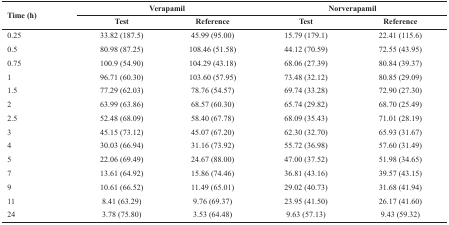
<table><thead><tr><td rowspan="2"><b>Time (h)</b></td><td colspan="2"><b>Verapamil</b></td><td colspan="2"><b>Norverapamil</b></td></tr><tr><td><b>Test</b></td><td><b>Reference</b></td><td><b>Test</b></td><td><b>Reference</b></td></tr></thead><tbody><tr><td>0.25</td><td>33.82 (187.5)</td><td>45.99 (95.00)</td><td>15.79 (179.1)</td><td>22.41 (115.6)</td></tr><tr><td>0.5</td><td>80.98 (87.25)</td><td>108.46 (51.58)</td><td>44.12 (70.59)</td><td>72.55 (43.95)</td></tr><tr><td>0.75</td><td>100.9 (54.90)</td><td>104.29 (43.18)</td><td>68.06 (27.39)</td><td>80.84 (39.37)</td></tr><tr><td>1</td><td>96.71 (60.30)</td><td>103.60 (57.95)</td><td>73.48 (32.12)</td><td>80.85 (29.09)</td></tr><tr><td>1.5</td><td>77.29 (62.03)</td><td>78.76 (54.57)</td><td>69.74 (33.28)</td><td>72.90 (27.30)</td></tr><tr><td>2</td><td>63.99 (63.86)</td><td>68.57 (60.30)</td><td>65.74 (29.82)</td><td>68.70 (25.49)</td></tr><tr><td>2.5</td><td>52.48 (68.09)</td><td>58.40 (67.78)</td><td>68.09 (35.43)</td><td>71.01 (28.19)</td></tr><tr><td>3</td><td>45.15 (73.12)</td><td>45.07 (67.20)</td><td>62.30 (32.70)</td><td>65.93 (31.67)</td></tr><tr><td>4</td><td>30.03 (66.94)</td><td>31.16 (73.92)</td><td>55.72 (36.98)</td><td>57.60 (31.49)</td></tr><tr><td>5</td><td>22.06 (69.49)</td><td>24.67 (88.00)</td><td>47.00 (37.52)</td><td>51.98 (34.65)</td></tr><tr><td>7</td><td>13.61 (64.92)</td><td>15.86 (74.46)</td><td>36.81 (43.16)</td><td>39.57 (43.15)</td></tr><tr><td>9</td><td>10.61 (66.52)</td><td>11.49 (65.01)</td><td>29.02 (40.73)</td><td>31.68 (41.94)</td></tr><tr><td>11</td><td>8.41 (63.29)</td><td>9.76 (69.37)</td><td>23.95 (41.50)</td><td>26.17 (41.60)</td></tr><tr><td>24</td><td>3.78 (75.80)</td><td>3.53 (64.48)</td><td>9.63 (57.13)</td><td>9.43 (59.32)</td></tr></tbody></table>